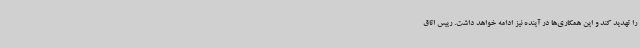
را تهدید کند و این همکاری‌ها در آینده نیز ادامه خواهد داشت. رییس اتاق